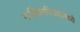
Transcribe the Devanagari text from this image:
मालिकाविजयामध्ये